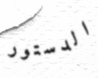
الدستور